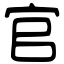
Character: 官